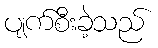
ပျက်စီးခဲ့သည်